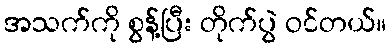
အသက်ကို စွန့်ပြီး တိုက်ပွဲ ဝင်တယ်။